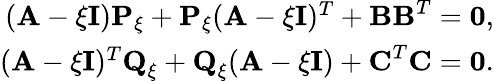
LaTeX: \begin{array}{r}{({\textbf A}-{\xi}{\textbf I}){\textbf P}_{\xi}+{\textbf P}_{\xi}({\textbf A}-{\xi}{\textbf I})^{T}+{\textbf B}{\textbf B}^{T}=\mathbf{{0}},}\\ {({\textbf A}-{\xi}{\textbf I})^{T}{\textbf Q}_{\xi}+{\textbf Q}_{\xi}({\textbf A}-{\xi}{\textbf I})+{\textbf C}^{T}{\textbf C}=\mathbf{{0}}.}\end{array}